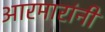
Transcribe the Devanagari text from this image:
आरमारांनी